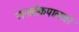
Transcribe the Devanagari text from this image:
जनलोकपालावर